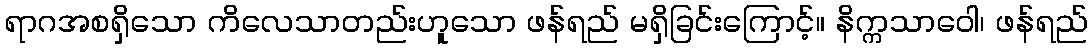
ရာဂအစရှိသော ကိလေသာတည်းဟူသော ဖန်ရည် မရှိခြင်းကြောင့်။ နိက္ကသာဝေါ၊ ဖန်ရည်